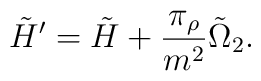
\tilde{H}' = \tilde H + \frac{\pi_\rho}{m^2} \tilde{\Omega}_2.